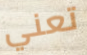
تعني